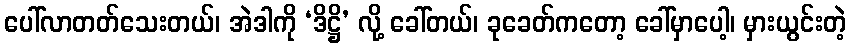
ပေါ်လာတတ်သေးတယ်၊ အဲဒါကို ‘ဒိဋ္ဌိ’ လို့ ခေါ်တယ်၊ ခုခေတ်ကတော့ ခေါ်မှာပေါ့၊ မှားယွင်းတဲ့